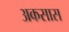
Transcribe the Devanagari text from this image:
अकसास